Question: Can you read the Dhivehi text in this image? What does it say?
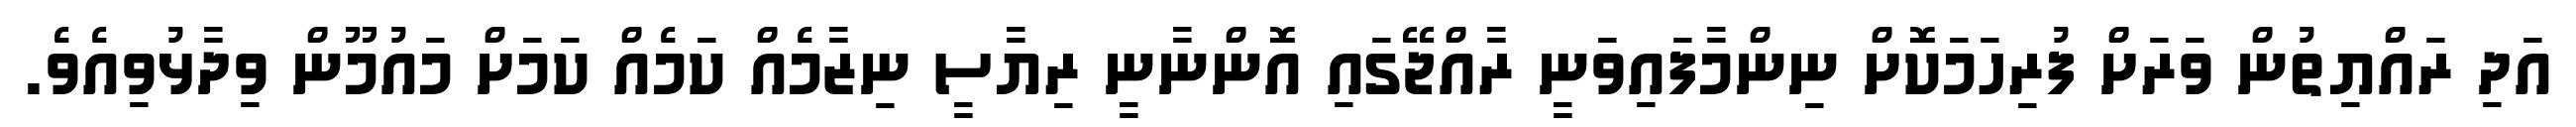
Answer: އަދި ރައްޔިތުން ވަރަށް ފުރިހަމަކޮށް ނިންމާފައިވަނީ ރާއްޖޭގައި އޮންނާނީ ރިޔާސީ ނިޒާމެއް ކަމެއް ކަމަށް މައުމޫން ވިދާޅުވިއެވެ.